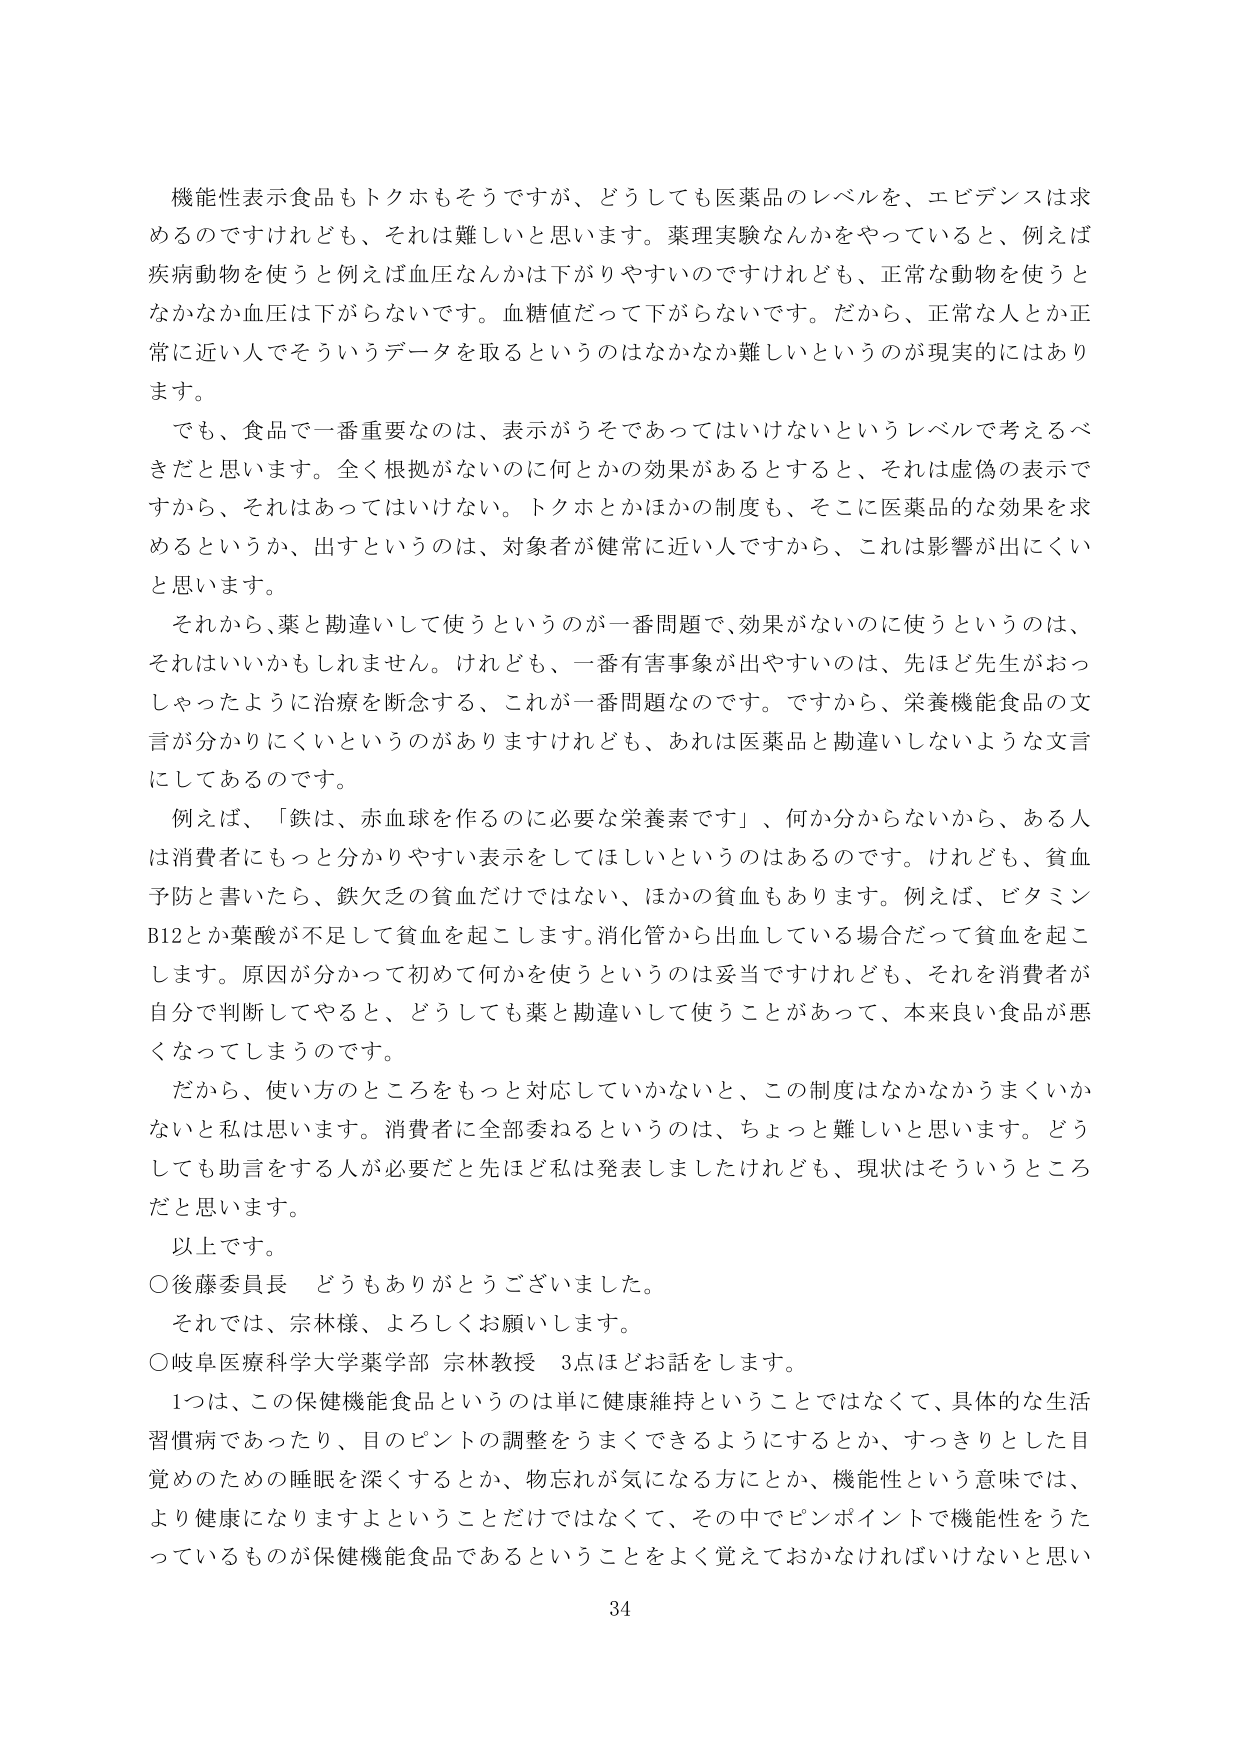
機能性表示食品もトクホもそうですが、どうしても医薬品のレベルを、エビデンスは求めるのですけれども、それは難しいと思います。薬理実験なんかをやっていると、例えば疾病動物を使うと例えば血圧なんかは下がりやすいのですけれども、正常な動物を使うとなかなか血圧は下がらないです。血糖値だって下がらないです。だから、正常な人とか正常に近い人でそういうデータを取るというのはなかなか難しいというのが現実にはあります。

でも、食品で一番重要なのは、表示がうそであってはいけないというレベルで考えるべきだと思います。全く根拠がないのに何とかの効果があるとすると、それは虚偽の表示ですから、それはあってはいけない。トクホとかほかの制度も、そこに医薬品的な効果を求めるというか、出すというのは、対象者が健常に近い人ですから、これは影響が出にくいと思います。

それから、薬と勘違いして使うというのが一番問題で、効果がないのに使うというのは、それはいいかもしれません。けれども、一番有害事象が出やすいのは、先ほど先生がおっしゃったように治療を断念する、これが一番問題なのです。ですから、栄養機能食品の文言が分かりにくいというのがありますけれども、あれは医薬品と勘違いしないような文言にしてあるのです。

例えば、「鉄は、赤血球を作るのに必要な栄養素です」、何か分からないから、ある人は消費者にもっと分かりやすい表示をしてほしいというのはあるのです。けれども、貧血予防と書いたら、鉄欠乏の貧血だけではない、ほかの貧血もあります。例えば、ビタミンB12とか葉酸が不足して貧血を起こします。消化管から出血している場合だって貧血を起こします。原因が分かって初めて何かを使うというのは妥当ですけれども、それを消費者が自分で判断してやると、どうしても薬と勘違いして使うことがあって、本来良い食品が悪くなってしまうのです。

だから、使い方のところをもっと対応していかないと、この制度はなかなかうまくいかないと思います。消費者に全部委ねるというのは、ちょっと難しいと思います。どうしても助言をする人が必要だと先ほど私は発表しましたけれども、現状はそういうところだと思います。

以上です。

○後藤委員長　どうもありがとうございました。

それでは、宗林様、よろしくお願いします。

○岐阜医療科学大学薬学部 宗林教授　3点ほどお話します。

1つは、この保健機能食品というのは単に健康維持ということではなくて、具体的な生活習慣病であったり、目のピントの調整をうまくできるようにするとか、すっきりとした目覚めのための睡眠を深くするとか、物忘れが気になる方にとか、機能性という意味では、より健康になりますよということだけではなくて、その中でピンポイントで機能性をうたっているものが保健機能食品であるということをよく覚えておかなければならないと思います

34